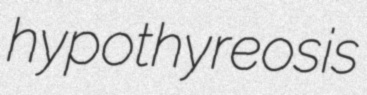
hypothyreosis